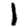
Digit: 1